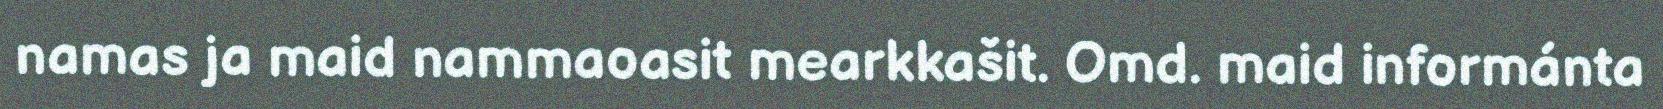
namas ja maid nammaoasit mearkkašit. Omd. maid informánta